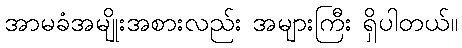
အာမခံအမျိုးအစားလည်း အများကြီး ရှိပါတယ်။